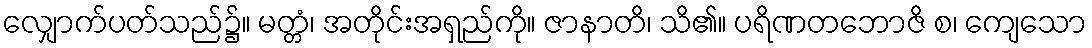
လျှောက်ပတ်သည်၌။ မတ္တံ၊ အတိုင်းအရှည်ကို။ ဇာနာတိ၊ သိ၏။ ပရိဏတဘောဇိ စ၊ ကျေသော